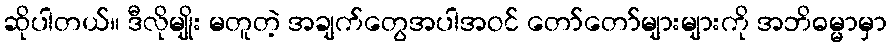
ဆိုပါတယ်။ ဒီလိုမျိုး မတူတဲ့ အချက်တွေအပါအဝင် တော်တော်များများကို အဘိဓမ္မာမှာ